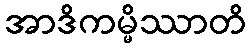
အာဒိကမ္မိဿာတိ